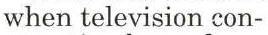
when television con-